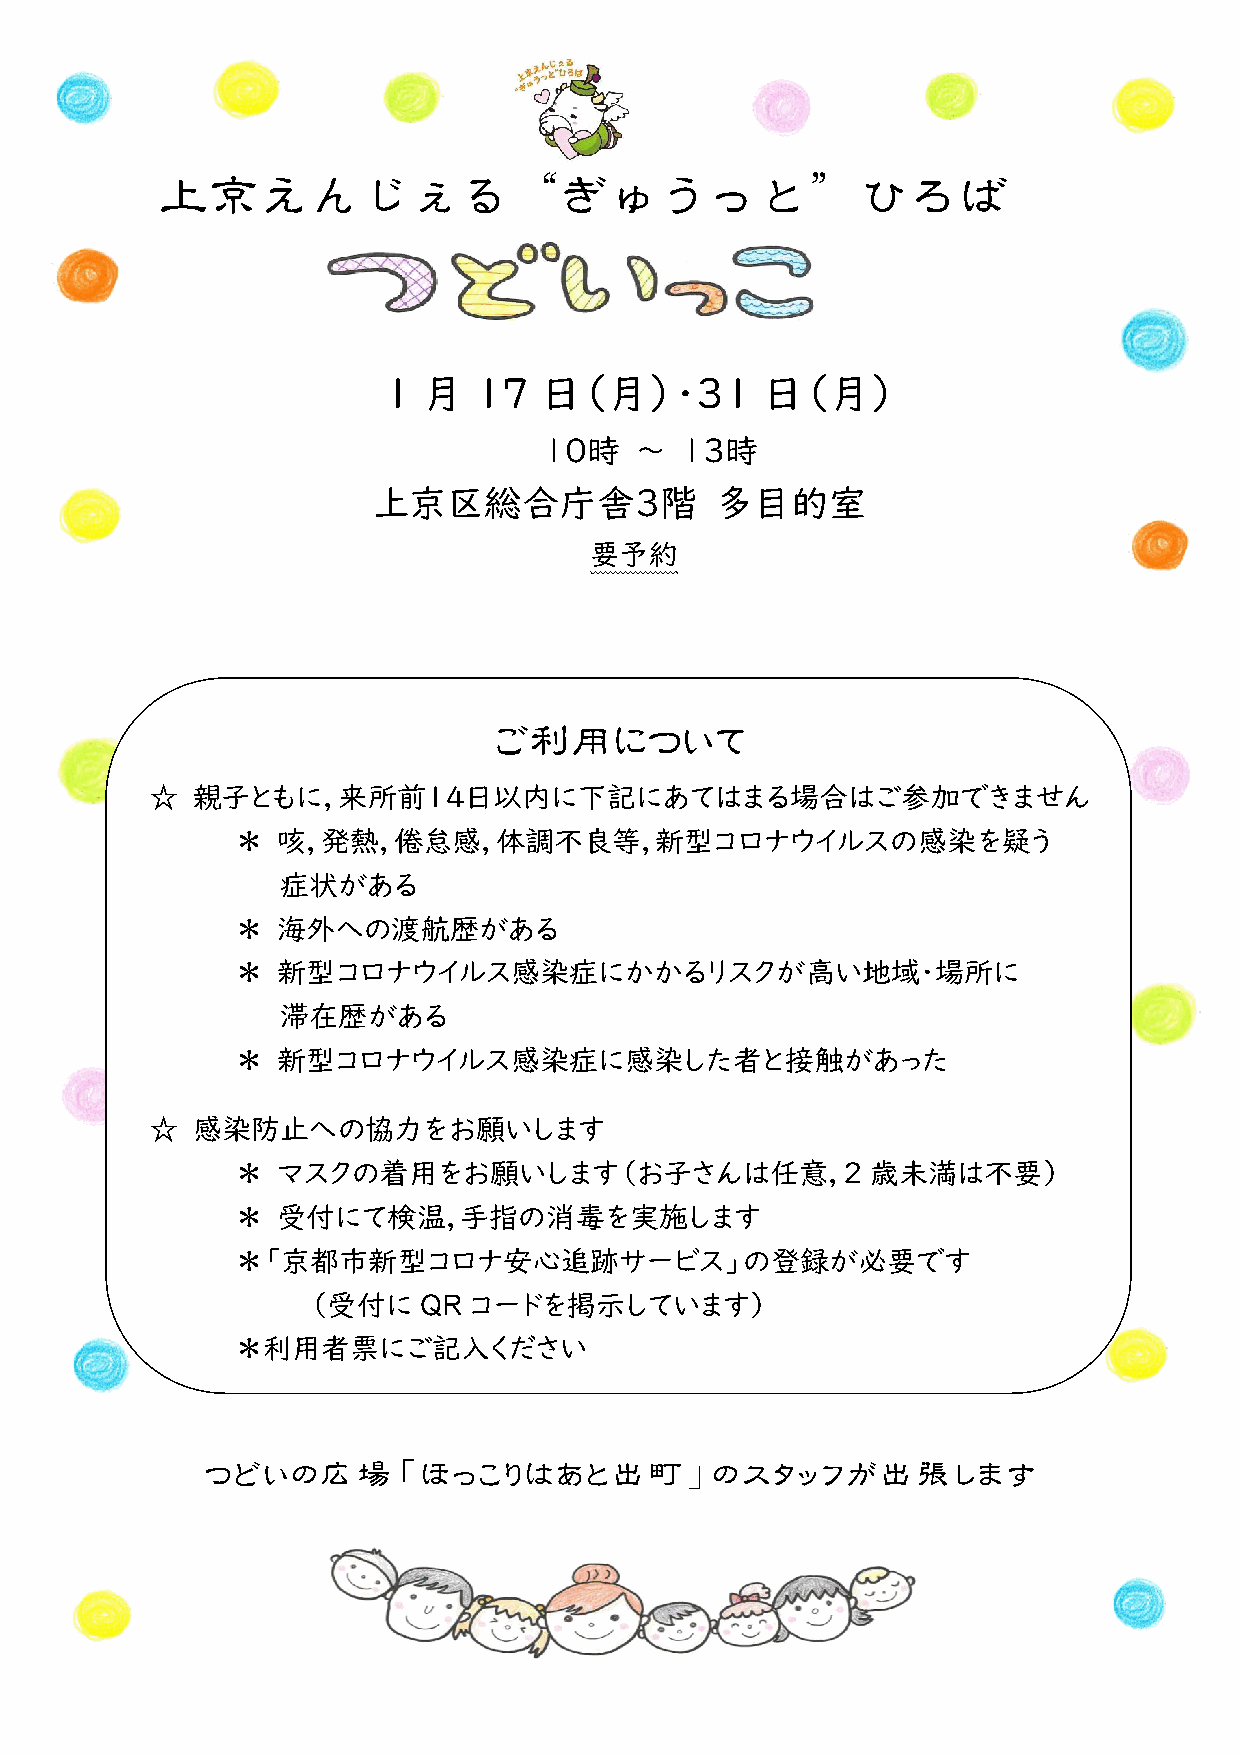
上京えんじぇる“ぎゅうっと”ひろば
 1  月  17   日（月）・31       日（月）
 １０時   ～  １３時
 上京区総合庁舎３階             多目的室
 要予約
 ご利用について
 ☆  親子ともに，来所前１４日以内に下記にあてはまる場合はご参加できません
 ＊ 咳，発熱，倦怠感，体調不良等，新型コロナウイルスの感染を疑う
 症状がある
 ＊ 海外への渡航歴がある
 ＊ 新型コロナウイルス感染症にかかるリスクが高い地域・場所に
 滞在歴がある
 ＊ 新型コロナウイルス感染症に感染した者と接触があった
 ☆  感染防止への協力をお願いします
 ＊ マスクの着用をお願いします（お子さんは任意，2                 歳未満は不要）
 ＊ 受付にて検温，手指の消毒を実施します
 ＊「京都市新型コロナ安心追跡サービス」の登録が必要です
 （受付に    QR コードを掲示しています）
 ＊利用者票にご記入ください
 つどいの広場「ほっこりはあと出町」のスタッフが出張します